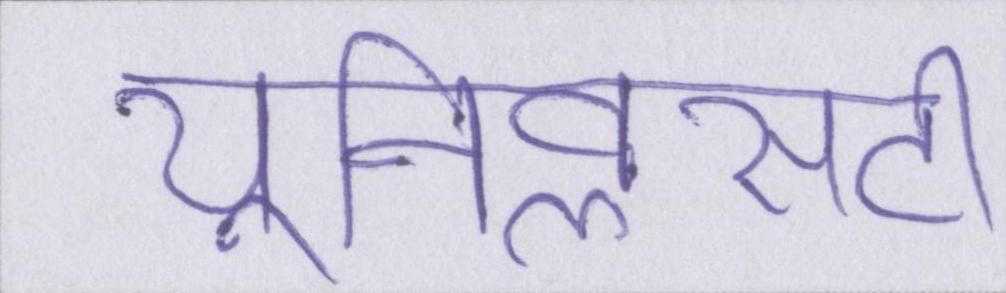
यूनिवॢसटी